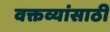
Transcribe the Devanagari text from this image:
वक्तव्यांसाठी